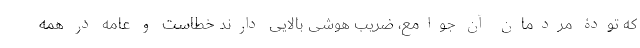
که تودۀ مردمان آن جوامع، ضریب هوشی بالایی دارند خطاست و عامه در همه